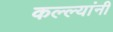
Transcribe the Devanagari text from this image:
कल्ल्यांनी